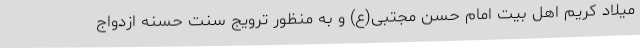
میلاد کریم اهل بیت امام حسن مجتبی(ع) و به منظور ترویج سنت حسنه ازدواج